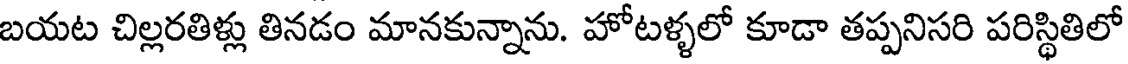
బయట చిల్లరతిళ్లు తినడం మానకున్నాను. హోటళ్ళలో కూడా తప్పనిసరి పరిస్థితిలో